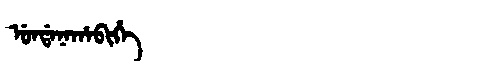
Manchu: ᡠᠨᡩᠠᠨᠠᡥᠠᠪᡳᡥᡝ
Romanization: UNDANAHABIHE